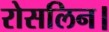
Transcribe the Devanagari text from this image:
रोसलिन।